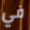
في